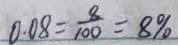
0 . 0 8 = \frac { 8 } { 1 0 0 } = 8 \%